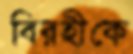
বিরহীকে